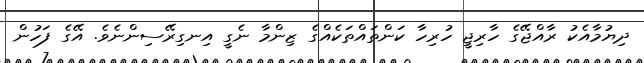
ދިޔުމާއެކު ރާއްޖޭގެ ހާރިޖީ ހުރިހާ ކަންތައްތަކެއްގެ ޒިންމާ ނެގީ އިނގިރޭސިންނެވެ. އޭގެ ފަހުން